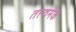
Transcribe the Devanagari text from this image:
तत्त्वमेकं